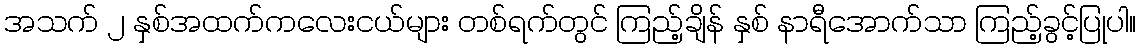
အသက် ၂ နှစ်အထက်ကလေးငယ်များ တစ်ရက်တွင် ကြည့်ချိန် နှစ် နာရီအောက်သာ ကြည့်ခွင့်ပြုပါ။